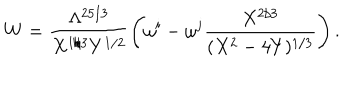
LaTeX: W = \frac { \Lambda ^ { 2 5 / 3 } } { X ^ { 1 / 3 } Y ^ { 1 / 2 } } \left( \omega ^ { i } - \omega ^ { j } \frac { X ^ { 2 / 3 } } { ( X ^ { 2 } - 4 Y ) ^ { 1 / 3 } } \right) .